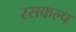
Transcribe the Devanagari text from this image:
रसकल्प